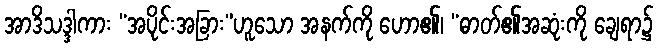
အာဒိသဒ္ဒါကား “အပိုင်းအခြား”ဟူသော အနက်ကို ဟော၏၊ “ဓာတ်၏အဆုံးကို ချေရာ၌